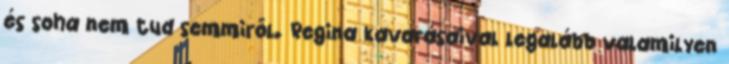
és soha nem tud semmiről. Regina kavarásaival legalább valamilyen